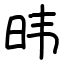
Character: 𬀩